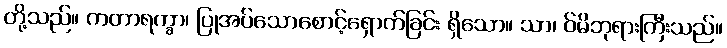
တို့သည်။ ကတာရက္ခာ၊ ပြုအပ်သောစောင့်ရှောက်ခြင်း ရှိသော။ သာ၊ ဝ်မိဘုရားကြီးသည်။